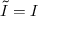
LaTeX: { \tilde { I } } = I